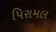
પિરામલ